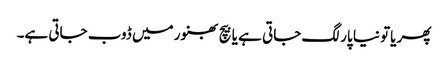
پھر یاتو نیا پار لگ جاتی ہے یا بیچ بھنور میں ڈوب جاتی ہے۔